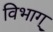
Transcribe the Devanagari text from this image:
विभाग्